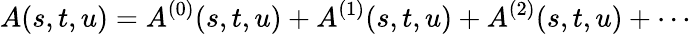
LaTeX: A(s,t,u)=A^{(0)}(s,t,u)+A^{(1)}(s,t,u)+A^{(2)}(s,t,u)+\cdots